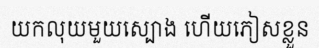
យកលុយមួយស្បោង ហើយភៀសខ្លួន